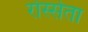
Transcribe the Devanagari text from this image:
रोस्सेता